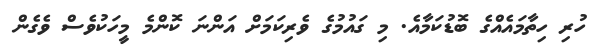
ހުރި ހިތާމައެއްގެ ބޮޑުކަމާއެ. މި ގައުމުގެ ވެރިކަމަށް އަންނަ ކޮންމެ މީހަކުވެސް ވެގެން